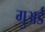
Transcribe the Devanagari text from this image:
गुअर्ड